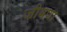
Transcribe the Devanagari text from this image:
जीवणा